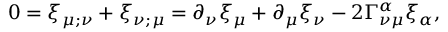
0 = \xi _ { \mu ; \nu } + \xi _ { \nu ; \mu } = \partial _ { \nu } \xi _ { \mu } + \partial _ { \mu } \xi _ { \nu } - 2 \Gamma _ { \nu \mu } ^ { \alpha } \xi _ { \alpha } ,